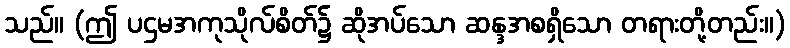
သည်။ (ဤ ပဌမအကုသိုလ်စိတ်၌ ဆိုအပ်သော ဆန္ဒအစရှိသော တရားတို့တည်း။)